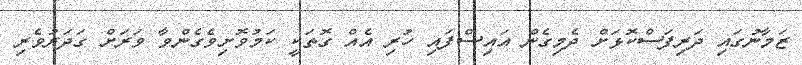
ޒަމާނުގައި ދަރިފަސްކޮޅަށް ދެމިގެން އައިސްފައި ހުރި އެއް ގޮތަކީ ކަމުވޮށިވެގެންވާ ވަރަށް ގަދަރުވެރި